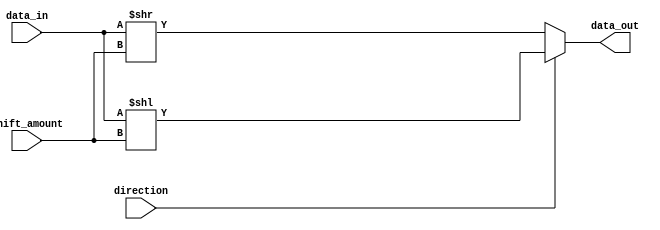
module BarrelShifter (
    input signed [31:0] data_in,
    input signed [3:0] shift_amount,
    input direction,
    output reg signed [31:0] data_out
);

always @ (data_in or shift_amount or direction)
begin
    if (direction == 0) // right shift
        data_out = data_in >> shift_amount;
    else // left shift
        data_out = data_in << shift_amount;
end

endmodule